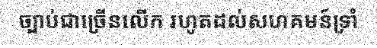
ច្បាប់ជាច្រើនលើក រហូតដល់សហគមន៍ទ្រាំ